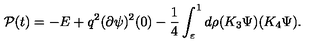
{ \cal P } ( t ) = - E + q ^ { 2 } ( \partial \psi ) ^ { 2 } ( 0 ) - \frac 1 4 \int _ { \varepsilon } ^ { 1 } d \rho ( K _ { 3 } \Psi ) ( K _ { 4 } \Psi ) .